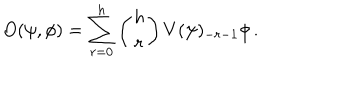
LaTeX: O ( \psi , \phi ) = \sum _ { r = 0 } ^ { h } \left( { h \atop r } \right) V ( \psi ) _ { - r - 1 } \phi \, .